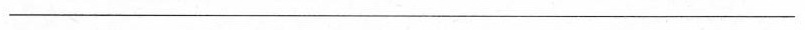
___